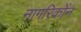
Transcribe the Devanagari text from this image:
नागरिकोंन